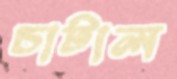
চাটাল